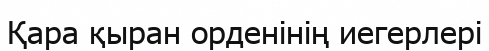
Қара қыран орденінің иегерлері